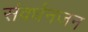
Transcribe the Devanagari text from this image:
संवर्धनजन